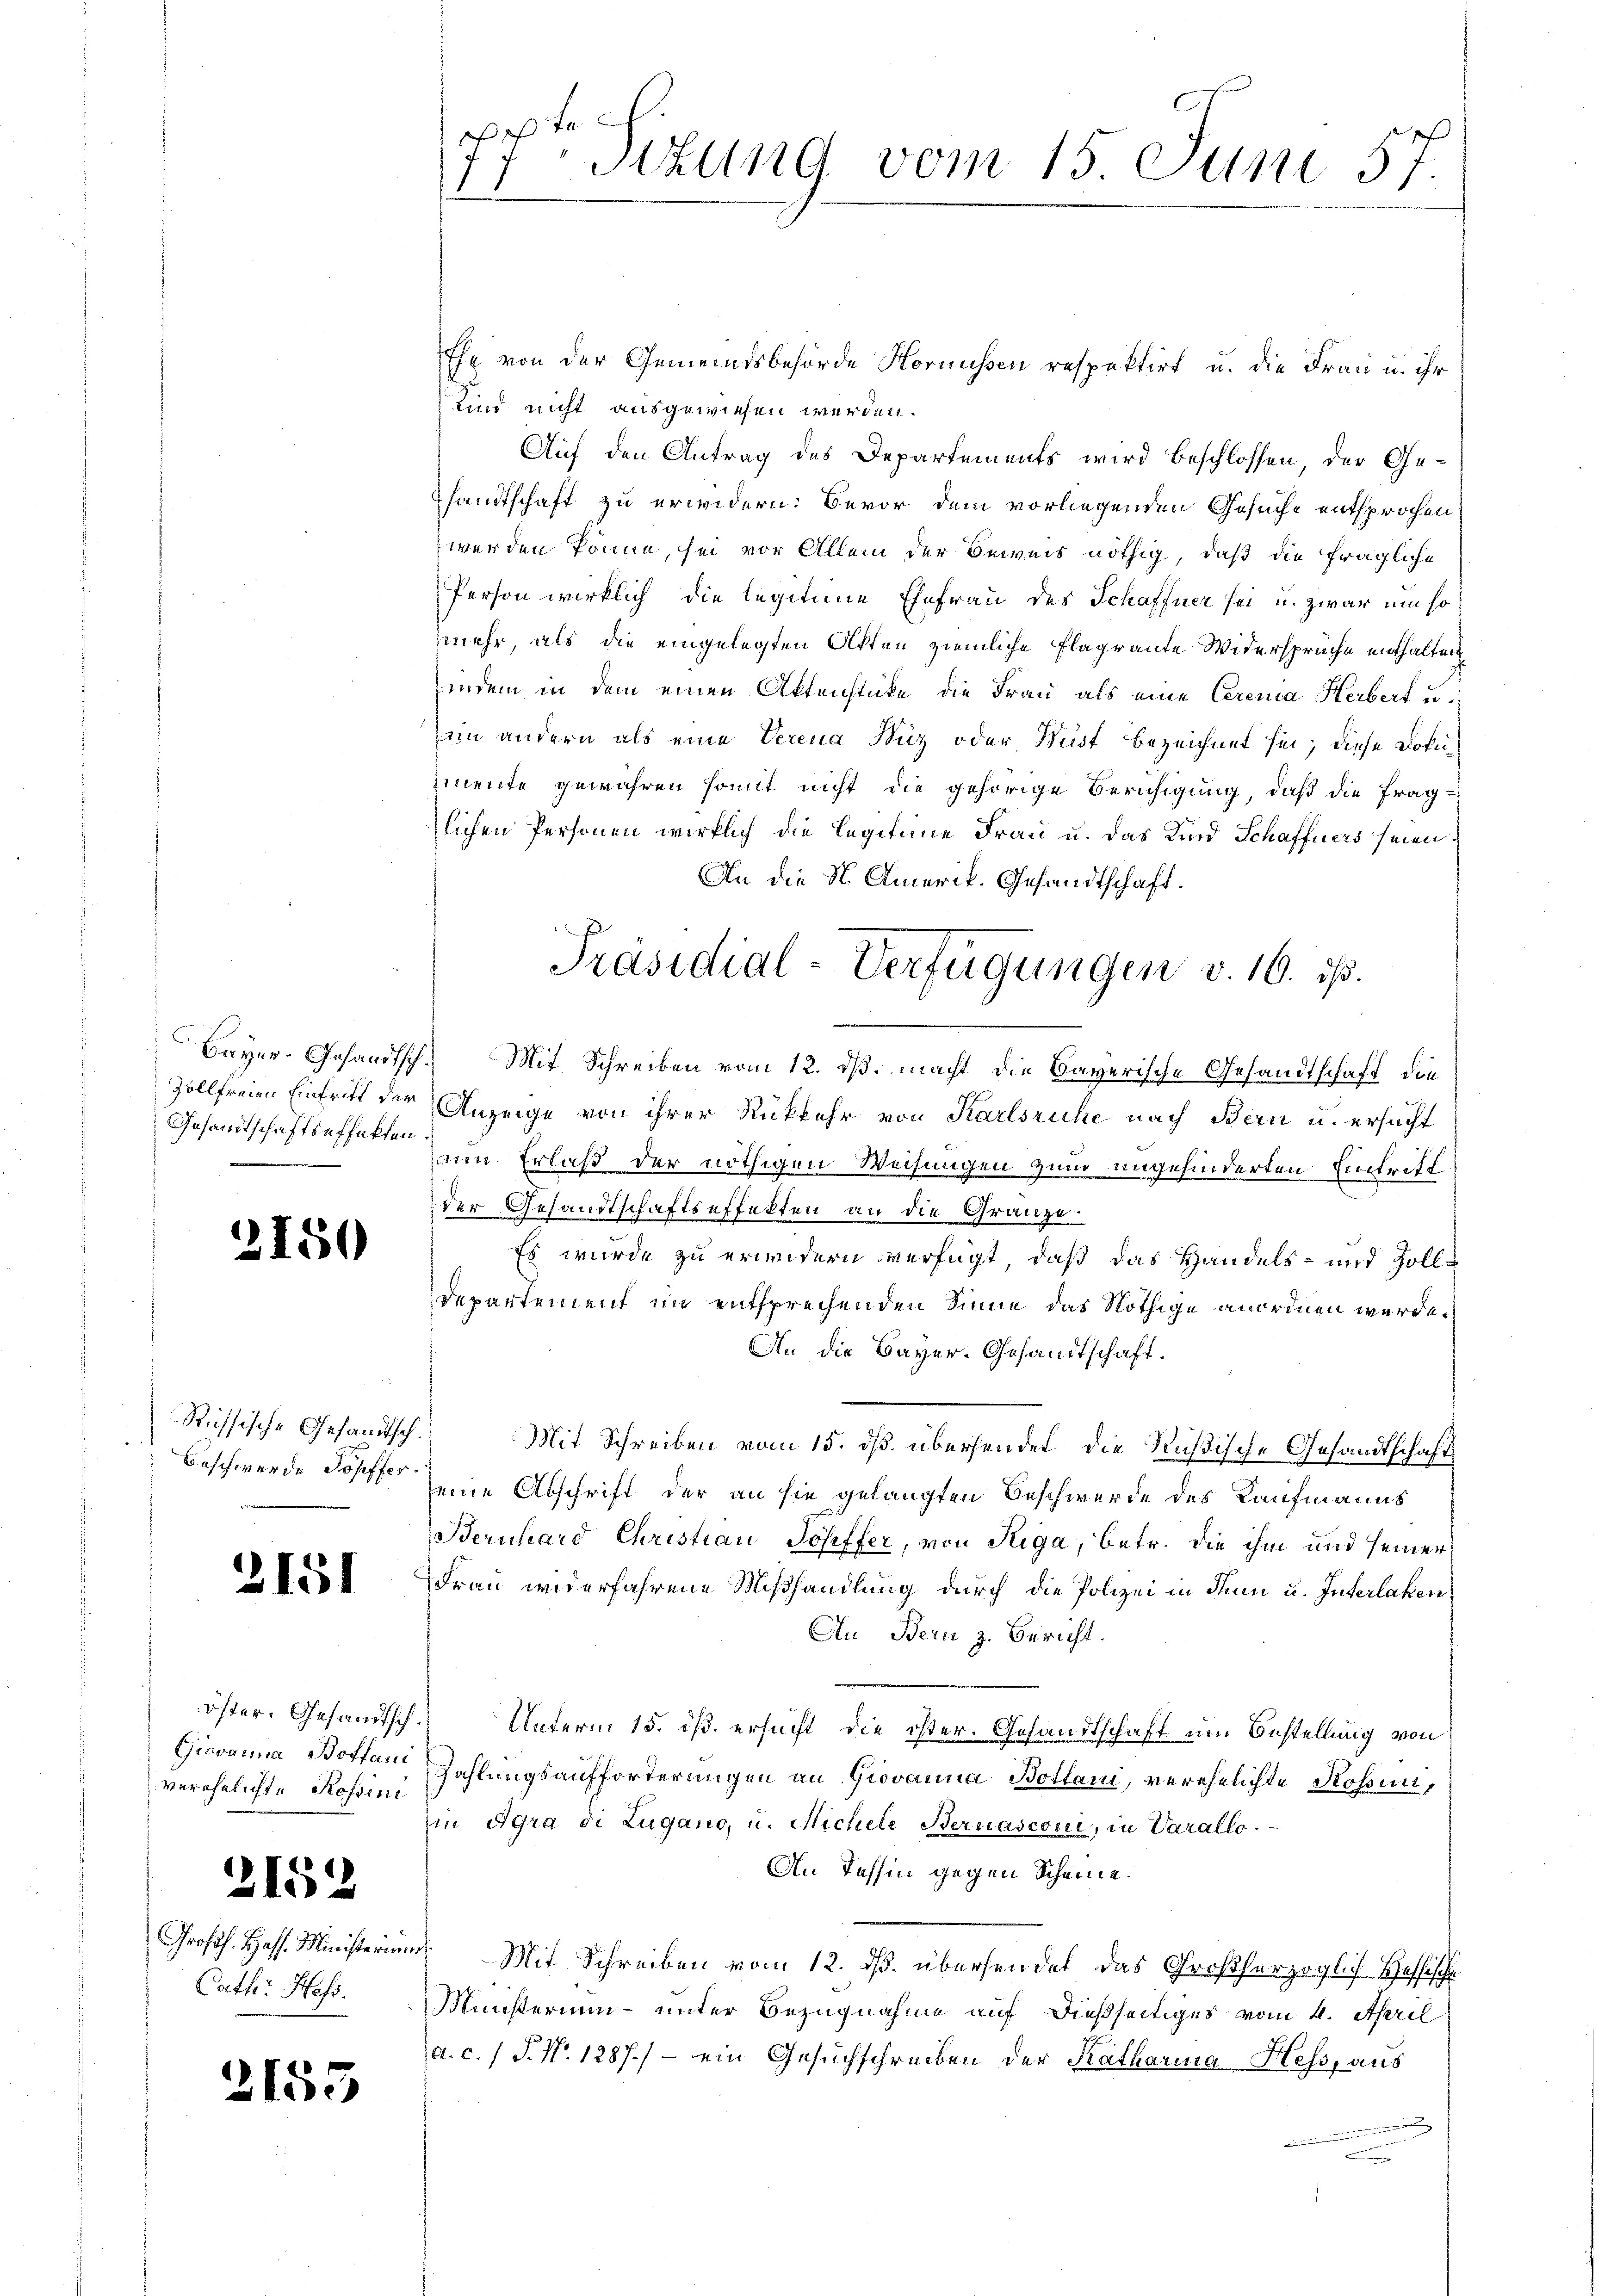
Zollfreien Eintrift der
Gesandtschaftseffekten.

)

d

.

.

50

Russische Gesandtsch.
Beschwerde Kopffer.

2151

öster. Gesandtsch.
Giovanna Boffani
verehelichte Rossini

15

153

.

Großh. Hass. Ministerin
Cath. Hess.

fe
Sitzung vom 15. Juni 57.
11

Ehe von der Gemeindsbehörde Hornussen respektirt u. die Frau u. ihr
Kind nicht ausgewiesen werden.
Auf den Antrag des Departements wird beschlossen, der Ge-
sandtschaft zu erwidern: Bevor dem vorliegenden Gesuche entsprochen
werden könne, sei vor Allem der Beweis nöthig, daß die fragliche
Person wirklich die legitime Ehefrau des Schaffner sei u. zwar um so
mehr, als die eingelegten Akten ziemliche Flagrante Widersprüche enthalten
indem in dem einen Aktenstücke die Frau als eine Cerena Herbert u.
im andern als eine Verena Hiz oder Wüst bezeichnet sei; diese Dokuimente gewähren somit nicht die gehörige Beruhigung, daß die Frag-
tlichen Personen wirklich die Legitime Frau u. das Kind Schaffners seien,
An die N. Amerik. Gesandtschaft.
Bayer-Gesandtsch. Mit Schreiben vom 12. ds. macht die Bayerische Gesandtschaft, die
Anzeige von ihrer Rückkehr von Karlsruhe nach Bern u. ersucht
em Erlaß der nöthigen Weisungen zum ungehinderten Eintrift
der Gesandtschaftseffekten an die Gränze.
Es wurde zu erwendern verfügt, daß das Handels- und Zoll¬
Departement im entsprechenden Sinne das Nöthige anordnen werde.
An die Bayer-Gesandtschaft.
Mit Schreiben vom 15. dß übersendet die Rußische Gesandtschaft
seine Abschrift der an sie gelangten Beschwerde des Kaufmanns
Bernhard Christian Schiffer, von Riga, betr. die ihm und seiner
Frau widerfahrene Mißhandlung durch die Polizei in den u. Interlaken
Au Bern z. Bericht.
Unterm 15. ist ersucht die öster. Gesandtschaft um Bestellung von
Zahlungsaufforderungen an Giovanna Bottani, verehelichte Kossunin Agra di Lugano, u. Michele Bernasconi, in Varallo.
An Tessin gegen Scheine.
Mit Schreiben vom 12. ds. übersendet das Großherzoglich Heffische
Minsterium - unter Bezugnahme auf dießseitiges vom 4. April
a. c. / P. Nr. 1287.) - ein Gesuchschreiben der Katharina Hess, aus
i
e

Präsidial-Verfügungen v. 10. ds.